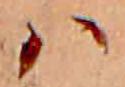
ハ